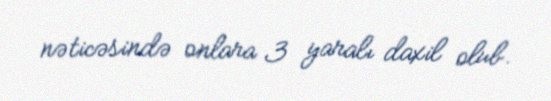
nəticəsində onlara 3 yaralı daxil olub.